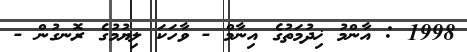
1998 : އާންމު ޚިދުމަތުގެ އިނާމް - ވާހަކަ ލިޔުމުގެ ރޮނގުން -